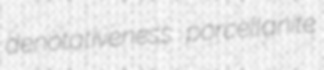
denotativeness porcellanite